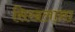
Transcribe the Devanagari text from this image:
सिखलाना